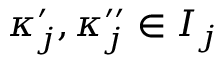
\kappa _ { j } ^ { \prime } , \kappa _ { j } ^ { \prime \prime } \in I _ { j }